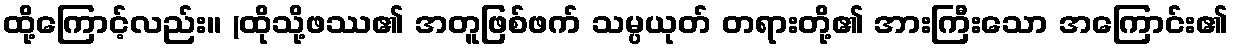
ထို့ကြောင့်လည်း။ (ထိုသို့ဖဿ၏ အတူဖြစ်ဖက် သမ္ပယုတ် တရားတို့၏ အားကြီးသော အကြောင်း၏